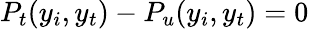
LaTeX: P_{t}(y_{i},y_{t})-P_{u}(y_{i},y_{t})=0